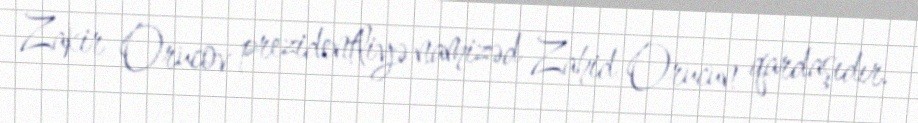
Zakir Orucov prezidentliyə namizəd Zahid Orucun qardaşıdır.